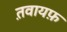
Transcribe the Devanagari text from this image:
त़वायफ़